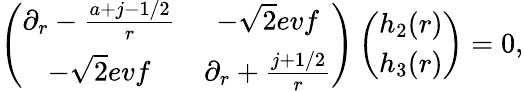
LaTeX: \left(\begin{array}{cc}{{\partial_{r}-{\frac{a+j-1/2}{r}}}}&{{-\sqrt{2}evf}}\\ {{-\sqrt{2}evf}}&{{\partial_{r}+{\frac{j+1/2}{r}}}}\end{array}\right)\left(\begin{array}{c}{{h_{2}(r)}}\\ {{h_{3}(r)}}\end{array}\right)=0,